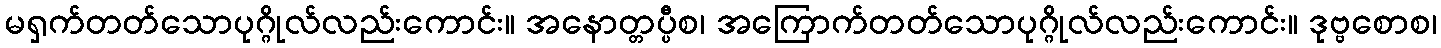
မရှက်တတ်သောပုဂ္ဂိုလ်လည်းကောင်း။ အနောတ္တပ္ပီစ၊ အကြောက်တတ်သောပုဂ္ဂိုလ်လည်းကောင်း။ ဒုဗ္ဗစောစ၊